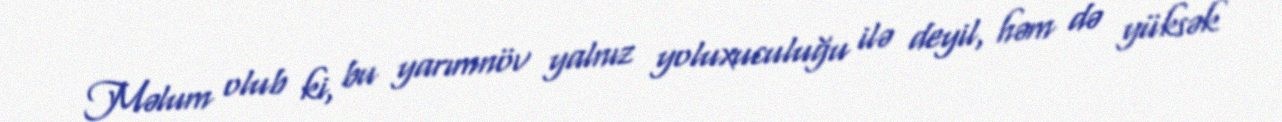
Məlum olub ki, bu yarımnöv yalnız yoluxuculuğu ilə deyil, həm də yüksək